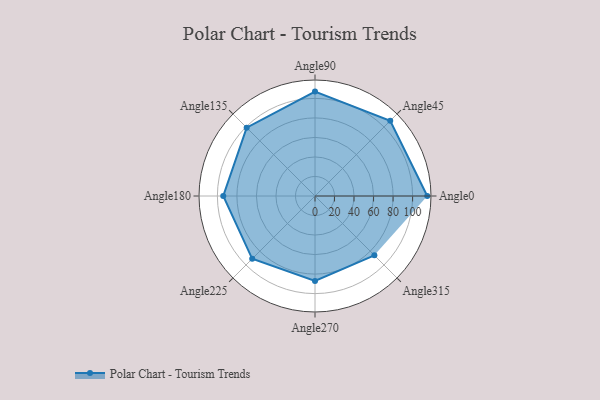
{"axis": {"x": "Angle", "y": "Radius"}, "legend": [""], "data": [{"x": "Angle0", "y": 115.0, "type": ""}, {"x": "Angle45", "y": 109.0, "type": ""}, {"x": "Angle90", "y": 107.0, "type": ""}, {"x": "Angle135", "y": 99.0, "type": ""}, {"x": "Angle180", "y": 94.0, "type": ""}, {"x": "Angle225", "y": 91.0, "type": ""}, {"x": "Angle270", "y": 87.0, "type": ""}, {"x": "Angle315", "y": 86.0, "type": ""}]}